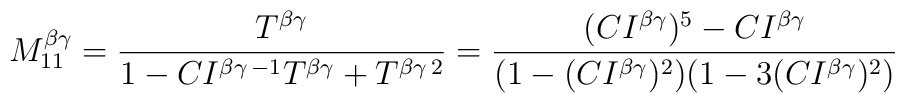
M^{\beta\gamma}_{11}=\frac{T^{\beta\gamma}}{1-CI^{\beta\gamma\,-1}T^{\beta\gamma}+T^{\beta\gamma\,2}}=\frac{(CI^{\beta\gamma})^5-CI^{\beta\gamma}}{(1-(CI^{\beta\gamma})^{2})(1-3(CI^{\beta\gamma})^{2})}